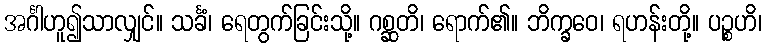
အင်္ဂါဟူ၍သာလျှင်။ သင်္ခံ၊ ရေတွက်ခြင်းသို့။ ဂစ္ဆတိ၊ ရောက်၏။ ဘိက္ခဝေ၊ ရဟန်းတို့။ ပဉ္စဟိ၊